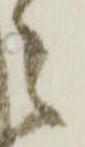
之